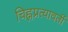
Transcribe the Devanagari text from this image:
चिह्नप्रत्यावर्ती